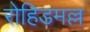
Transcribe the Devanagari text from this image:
रोहिडमल्ल